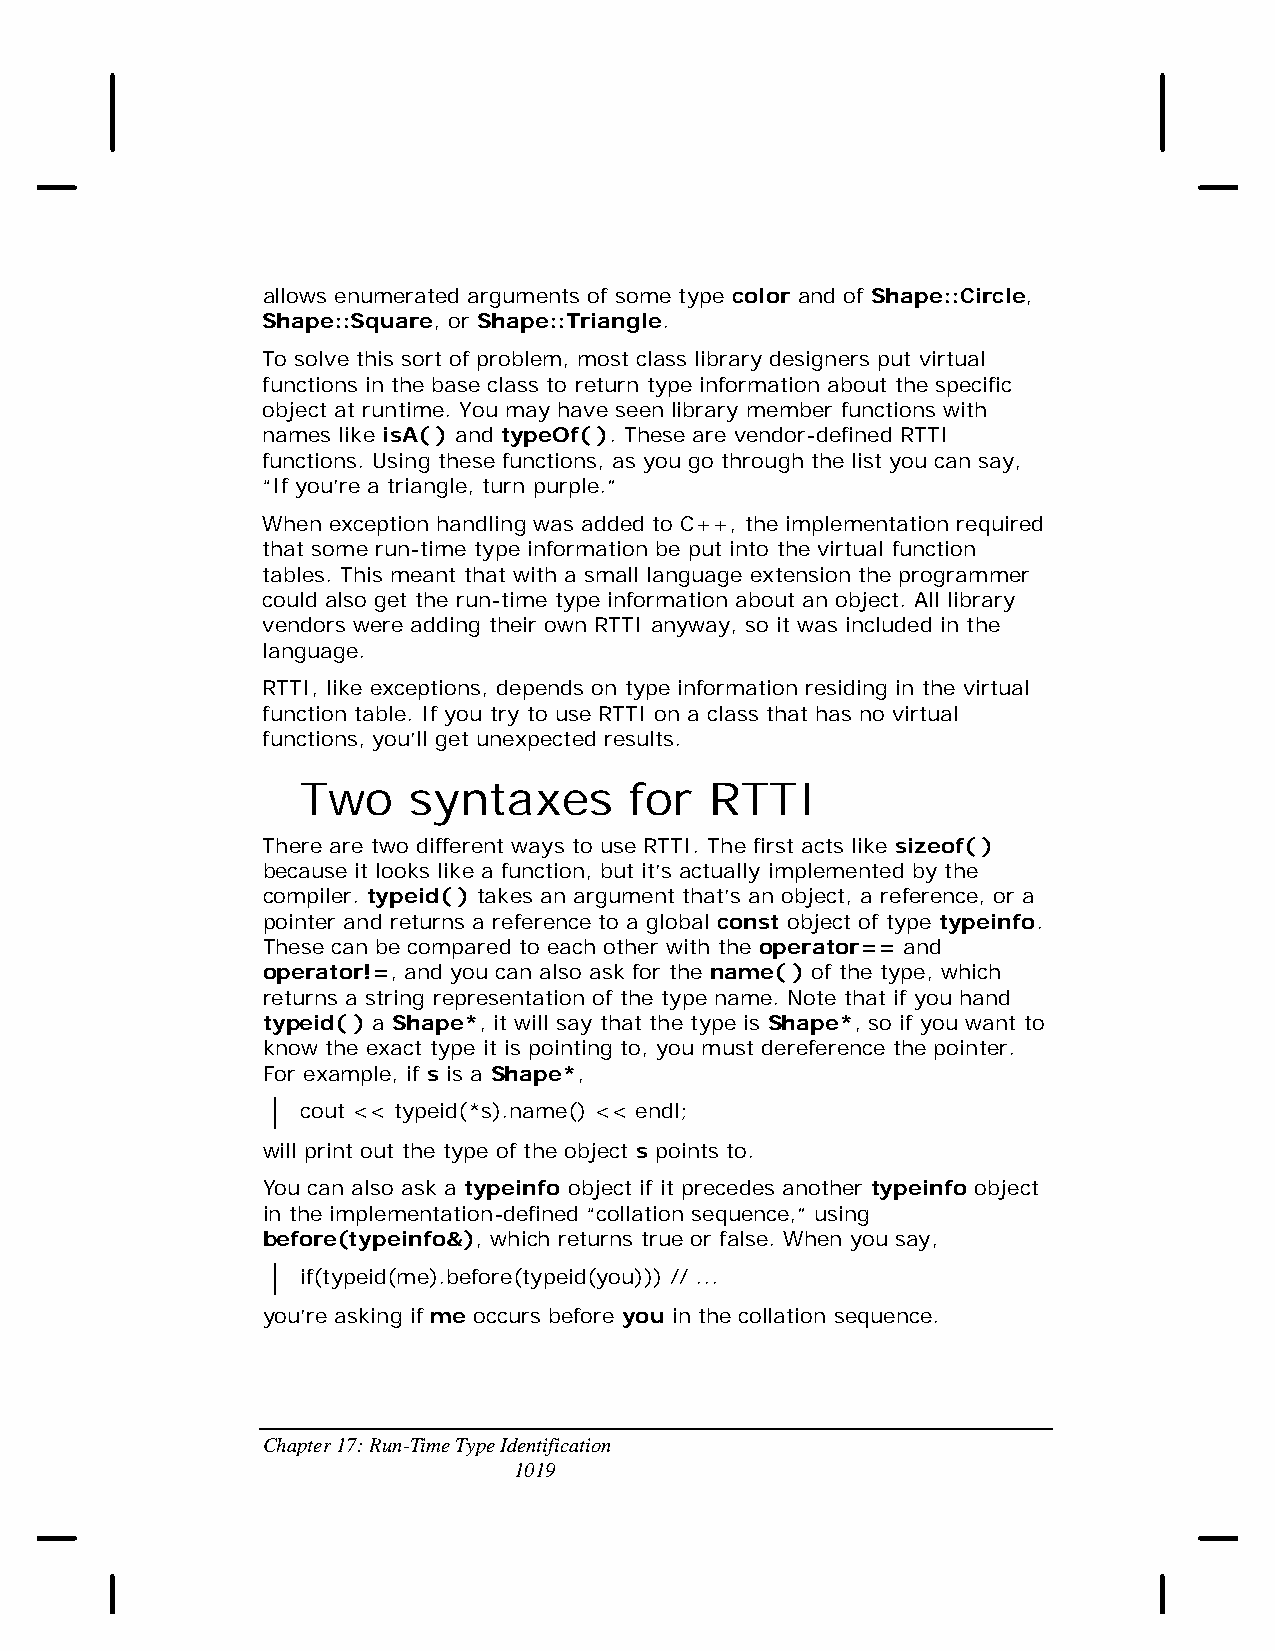
allows enumerated arguments of some type color and of Shape::Circle,
 Shape::Square, or Shape::Triangle.
 To solve this sort of problem, most class library designers put virtual
 functions in the base class to return type information about the specific
 object at runtime. You may have seen library member functions with
 names like isA( ) and typeOf( ). These are vendor-defined RTTI
 functions. Using these functions, as you go through the list you can say,
 “If you’re a triangle, turn purple.”
 When exception handling was added to C++, the implementation required
 that some run-time type information be put into the virtual function
 tables. This meant that with a small language extension the programmer
 could also get the run-time type information about an object. All library
 vendors were adding their own RTTI anyway, so it was included in the
 language.
 RTTI, like exceptions, depends on type information residing in the virtual
 function table. If you try to use RTTI on a class that has no virtual
 functions, you’ll get unexpected results.
 Two    syntaxes       for  RTTI
 There are two different ways to use RTTI. The first acts like sizeof( )
 because it looks like a function, but it’s actually implemented by the
 compiler. typeid( ) takes an argument that’s an object, a reference, or a
 pointer and returns a reference to a global const object of type typeinfo.
 These can be compared to each other with the operator== and
 operator!=, and you can also ask for the name( ) of the type, which
 returns a string representation of the type name. Note that if you hand
 typeid( ) a Shape*, it will say that the type is Shape*, so if you want to
 know the exact type it is pointing to, you must dereference the pointer.
 For example, if s is a Shape*,
 cout << typeid(*s).name() << endl;
 will print out the type of the object s points to.
 You can also ask a typeinfo object if it precedes another typeinfo object
 in the implementation-defined “collation sequence,” using
 before(typeinfo&), which returns true or false. When you say,
 if(typeid(me).before(typeid(you))) // ...
 you’re asking if me occurs before you in the collation sequence.
 Chapter 17: Run-Time Type Identification
 1019